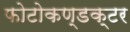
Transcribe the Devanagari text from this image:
फोटोकण्डक्टर